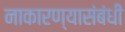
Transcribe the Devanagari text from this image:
नाकारण्यासंबंधी